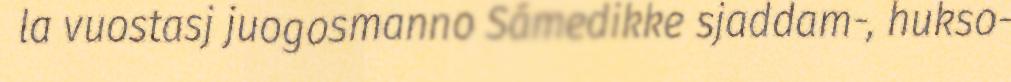
la vuostasj juogosmanno Sámedikke sjaddam-, hukso-